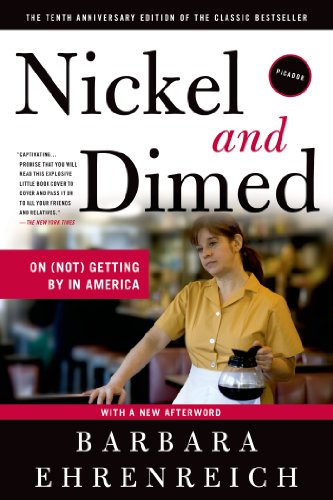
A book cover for Nickel and Dimed: On (Not) Getting By in America; Barbara Ehrenreich; Business & Money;